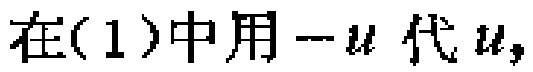
在(1)中用\(-u\)代\(u\)，